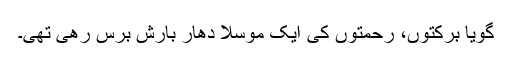
گویا برکتوں، رحمتوں کی ایک موسلا دھار بارش برس رھی تھی۔